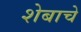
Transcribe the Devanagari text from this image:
शेबाचे